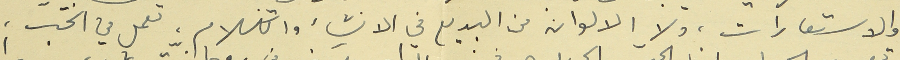
والاستعارات، ولا الالوان من البديع في الانشاء والكلام، تعمل في الحبّ،